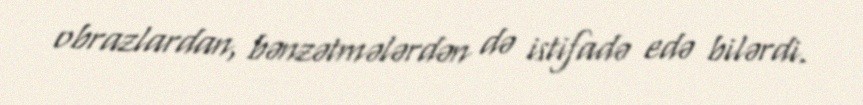
obrazlardan, bənzətmələrdən də istifadə edə bilərdi.